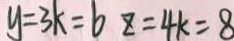
y = 3 k = b z = 4 k = 8